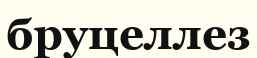
бруцеллез